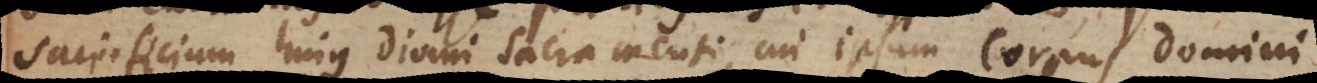
sacrificium hujus divini Sacramenti, cui ipsum corpus Domini